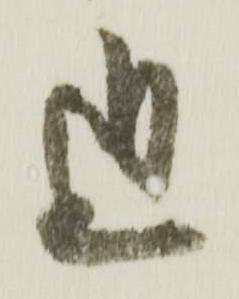
近